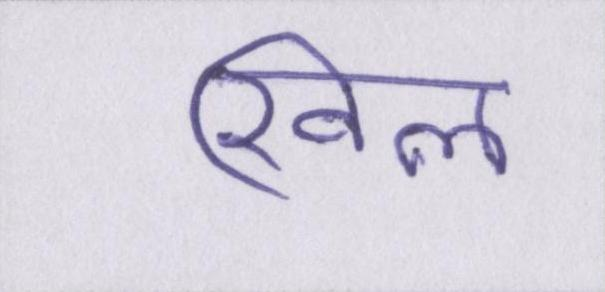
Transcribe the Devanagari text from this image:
खिल